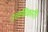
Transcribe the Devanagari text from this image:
उत्ताधिकारी।